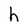
Character: h